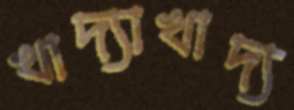
খাদ্যাখাদ্য